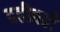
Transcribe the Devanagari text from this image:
दहीवडी